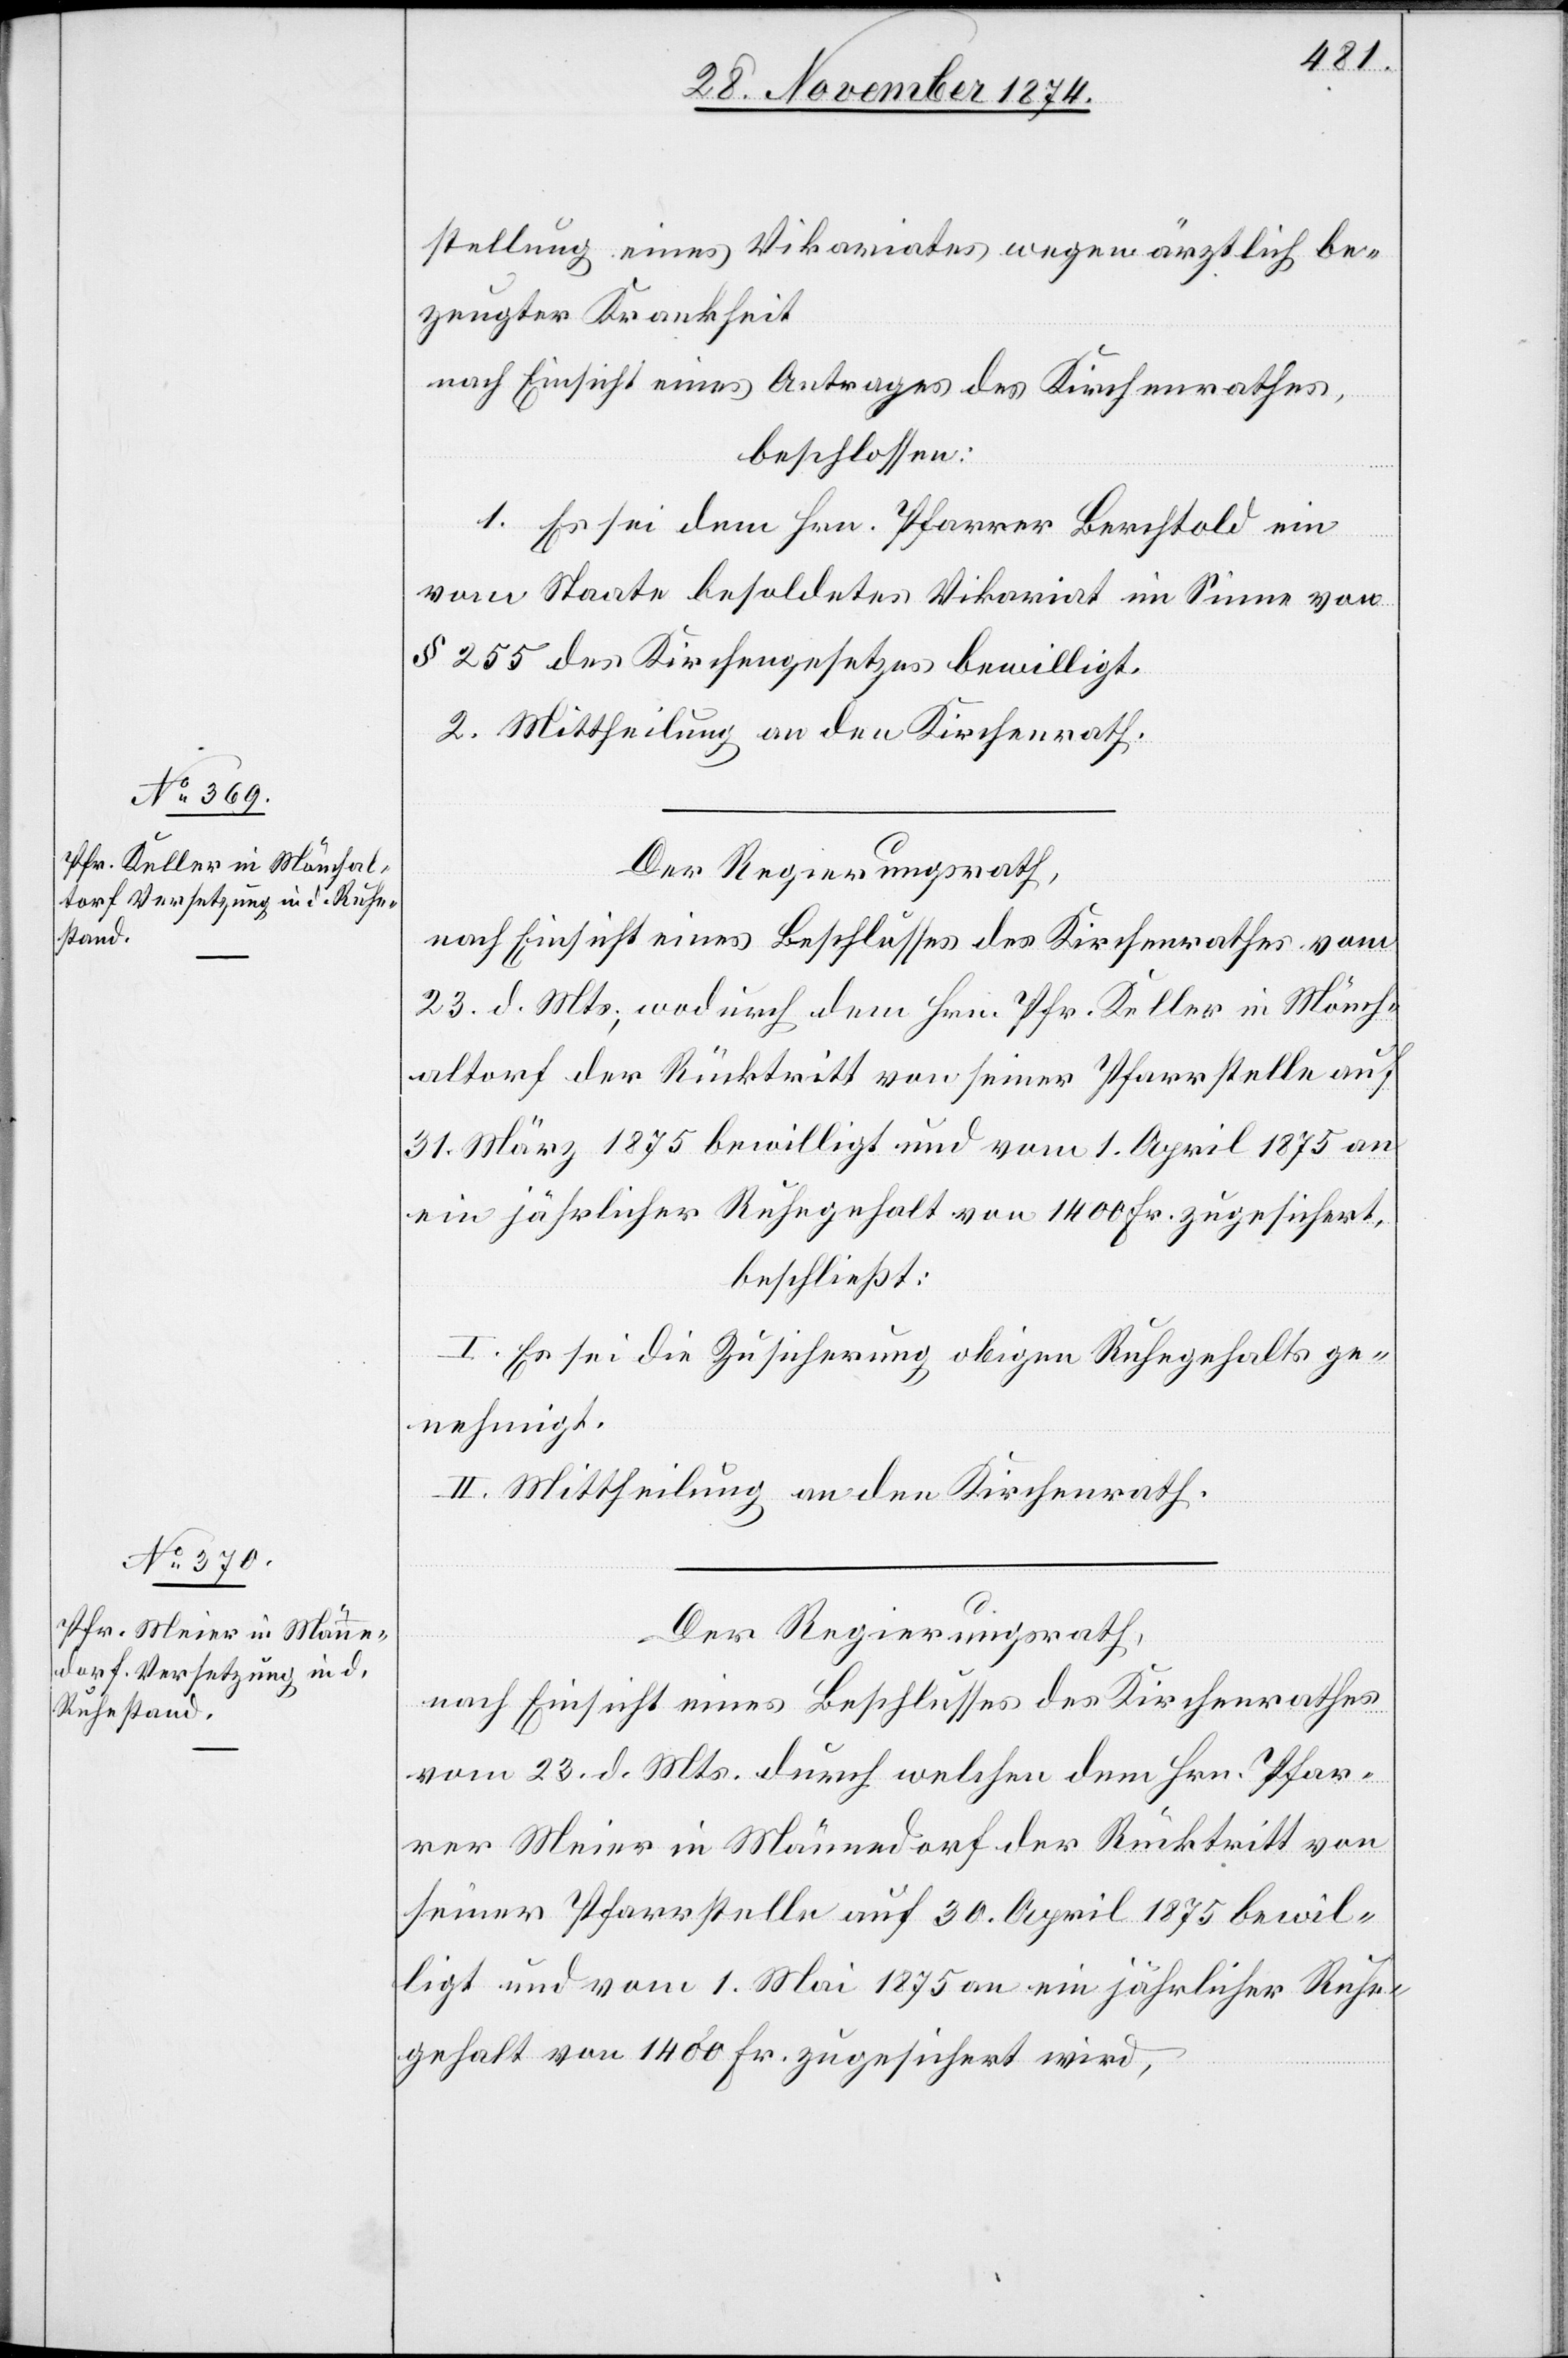
stellung eines Vikariates wegen ärztlich be¬
zeugter Krankheit
nach Einsicht eines Antrages des Kirchenrathes,
beschlossen:
1. Es sei dem Hrn. Pfarrer Berchtold ein
vom Staate besoldetes Vikariat im Sinne von
§ 255 des Kirchengesetzes bewilligt.
2. Mittheilung an den Kirchenrath.
Der Regierungsrath,
nach Einsicht eines Beschlusses des Kirchenrathes vom
23. d. Mts., wodurch dem Hrn. Pfr. Keller in Mönch¬
altorf der Rücktritt von seiner Pfarrstelle auf
31. März 1875 bewilligt und vom 1. April 1875 an
ein jährlicher Ruhegehalt von 1400 Fr. zugesichert,
beschließt:
I. Es sei die Zusicherung obigen Ruhegehaltes ge¬
nehmigt.
II. Mittheilung an den Kirchenrath.
Der Regierungsrath,
nach Einsicht eines Beschlusses des Kirchenrathes
vom 23. d. Mts. durch welchen dem Hrn. Pfar¬
rer Meier in Männedorf der Rücktritt von
seiner Pfarrstelle auf 30. April 1875 bewil¬
ligt und vom 1. Mai 1875 an ein jährlicher Ruhe¬
gehalt von 1400 Fr. zugesichert wird,